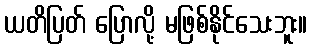
ယတိပြတ် ပြောလို့ မဖြစ်နိုင်သေးဘူး။